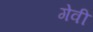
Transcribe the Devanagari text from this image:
गेवी